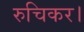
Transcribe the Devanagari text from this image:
रुचिकर।